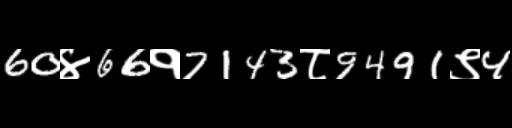
Text: 60४66१7143८9491९4